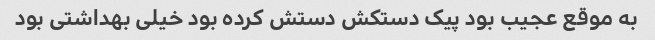
به موقع عجیب بود پیک دستکش دستش کرده بود خیلی بهداشتی بود